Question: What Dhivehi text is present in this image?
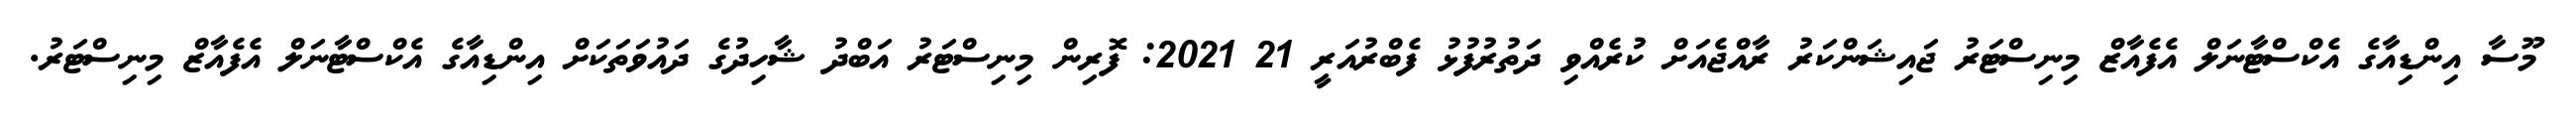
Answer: މޫސާ އިންޑިއާގެ އެކްސްޓާނަލް އެފެއާޒް މިނިސްޓަރު ޖައިޝަންކަރު ރާއްޖެއަށް ކުރެއްވި ދަތުރުފުޅު ފެބްރުއަރީ 21 2021: ފޮރިން މިނިސްޓަރު އަބްދު ޝާހިދުގެ ދައުވަތަކަށް އިންޑިއާގެ އެކްސްޓާނަލް އެފެއާޒް މިނިސްޓަރު.